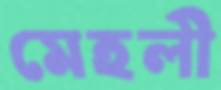
মেহলী